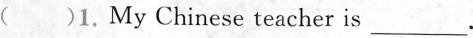
( )1. My Chinese teacher is___